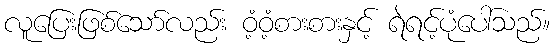
လူပြေးဖြစ်သော်လည်း ဝံ့ဝံ့စားစားနှင့် ရဲရင့်ပုံပေါ်သည်။